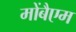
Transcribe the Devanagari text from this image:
मोंबैएम